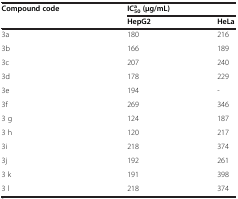
<table><thead><tr><td><b>Compound code</b></td><td colspan="2"><b>IC<sub>50</sub><sup>a</sup>(μg/mL)</b></td></tr><tr><td><b> </b></td><td><b>HepG2</b></td><td><b>HeLa</b></td></tr></thead><tbody><tr><td>3a</td><td>180</td><td>216</td></tr><tr><td>3b</td><td>166</td><td>189</td></tr><tr><td>3c</td><td>207</td><td>240</td></tr><tr><td>3d</td><td>178</td><td>229</td></tr><tr><td>3e</td><td>194</td><td>-</td></tr><tr><td>3f</td><td>269</td><td>346</td></tr><tr><td>3 g</td><td>124</td><td>187</td></tr><tr><td>3 h</td><td>120</td><td>217</td></tr><tr><td>3i</td><td>218</td><td>374</td></tr><tr><td>3j</td><td>192</td><td>261</td></tr><tr><td>3 k</td><td>191</td><td>398</td></tr><tr><td>3 l</td><td>218</td><td>374</td></tr></tbody></table>